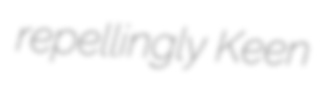
repellingly Keen